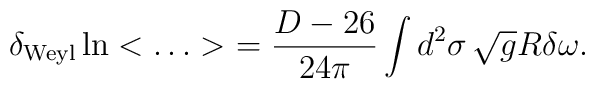
\delta_{\rm Weyl} \ln < \ldots >\ = \frac{D-26}{24\pi} \int d^2\sigma\,\sqrt{g}R\delta\omega.